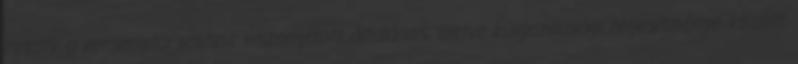
relatív a versenytársakhoz viszonyított általános, illetve külgazdasági teljesítménye között.